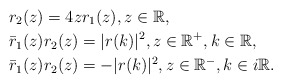
\begin{align*}&r_2(z)=4 z r_1(z), z \in \mathbb{R},\\&\bar{r}_1(z) r_2(z)=|r(k)|^2, z \in \mathbb{R}^{+}, k \in \mathbb{R}, \\& \bar{r}_1(z)r_2(z)=-|r(k)|^{2}, z \in \mathbb{R}^{-}, k \in i \mathbb{R}.\end{align*}